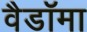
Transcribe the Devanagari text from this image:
वैडाॅमा